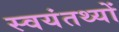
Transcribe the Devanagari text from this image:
स्वयंतथ्यों